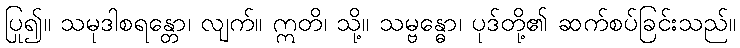
ပြု၍။ သမုဒါစရန္တော၊ လျက်။ ဣတိ၊ သို့။ သမ္ဗန္ဓော၊ ပုဒ်တို့၏ ဆက်စပ်ခြင်းသည်။